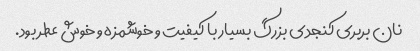
نان بربری کنجدی بزرگ بسیار با کیفیت و خوشمزه و خوش عطر بود.